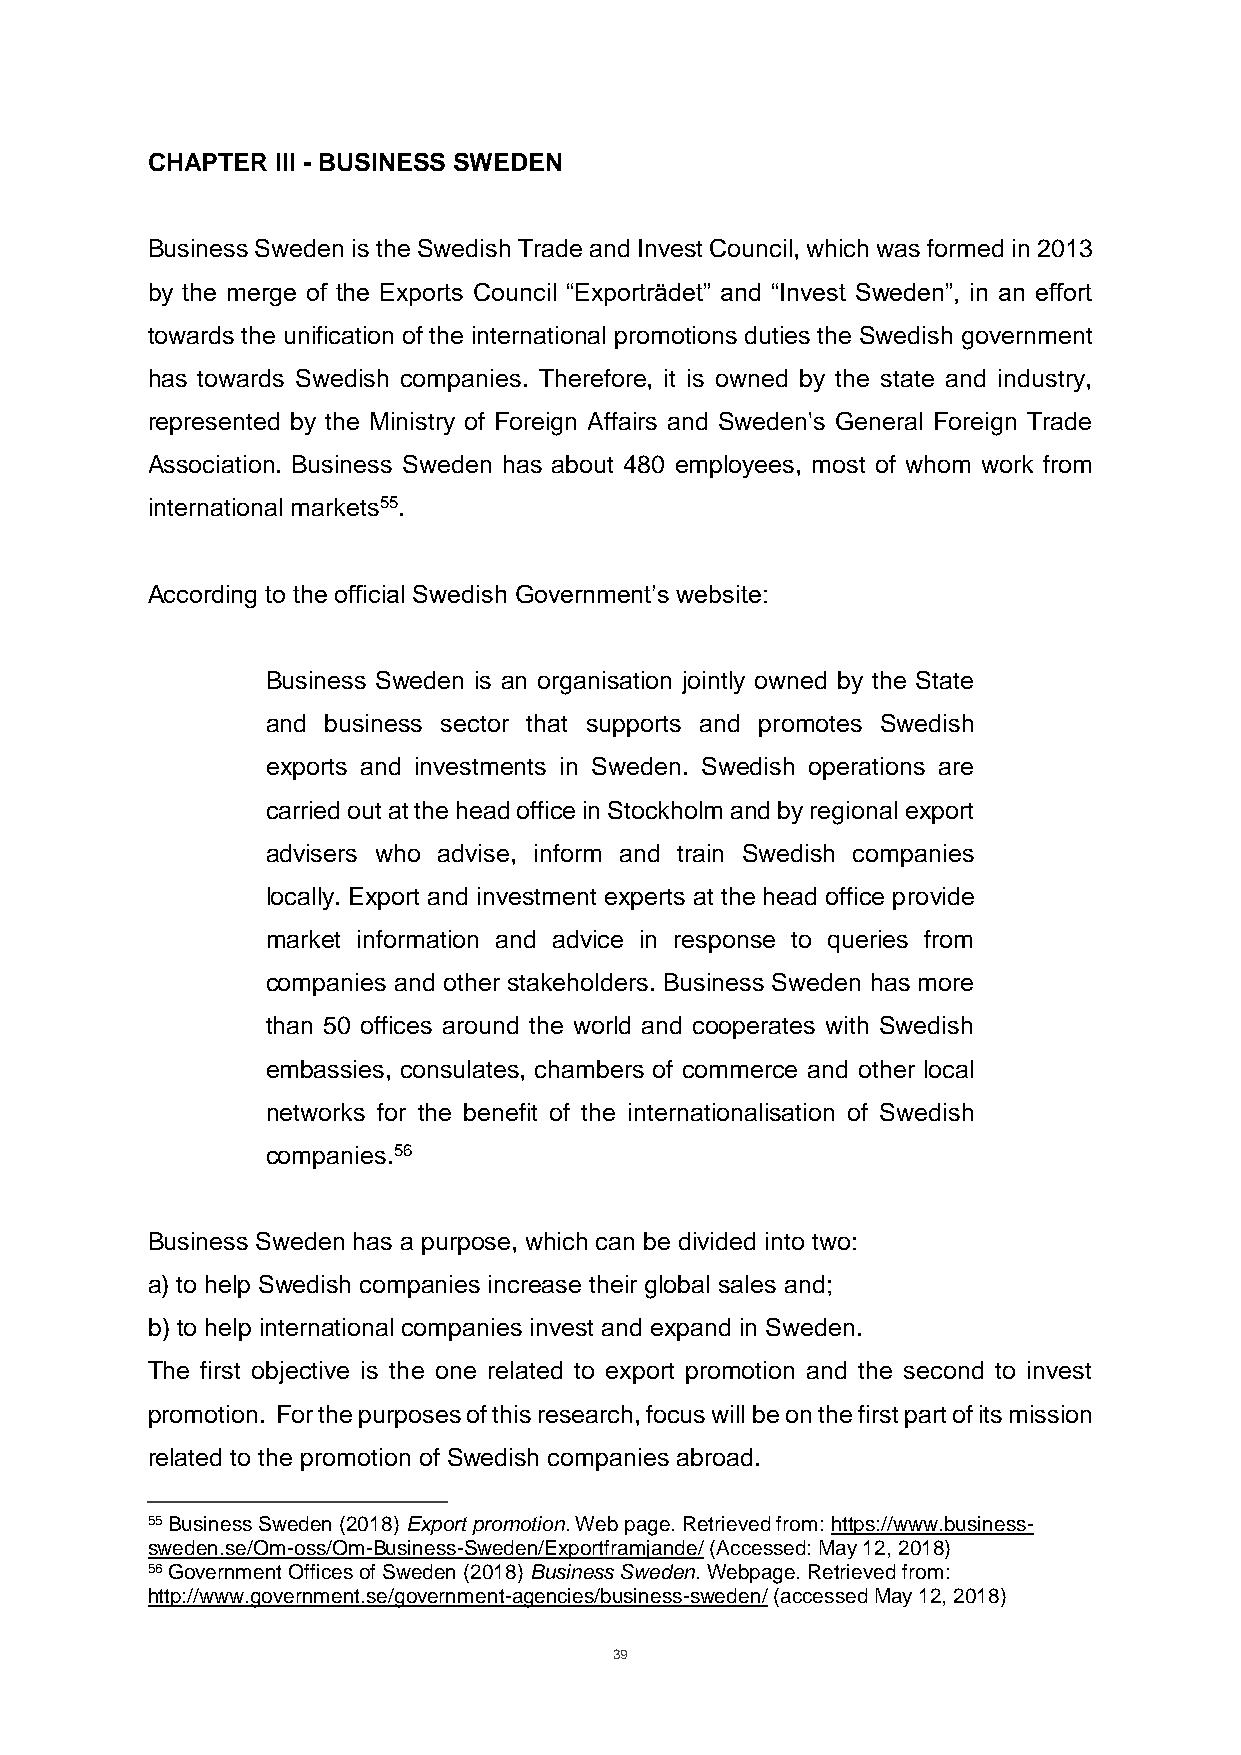
CHAPTER III - BUSINESS SWEDEN
 Business Sweden is the Swedish Trade and Invest Council, which was formed in 2013
 by the merge of the Exports Council “Exporträdet” and “Invest Sweden”, in an effort
 towards the unification of the international promotions duties the Swedish government
 has towards Swedish companies. Therefore, it is owned by the state and industry,
 represented by the Ministry of Foreign Affairs and Sweden's General Foreign Trade
 Association. Business Sweden has about 480 employees, most of whom work from
 international markets55.
 According to the official Swedish Government’s website:
 Business Sweden is an organisation jointly owned by the State
 and business sector that supports and promotes Swedish
 exports and investments in Sweden. Swedish operations are
 carried out at the head office in Stockholm and by regional export
 advisers who advise, inform and train Swedish companies
 locally. Export and investment experts at the head office provide
 market information and advice in response to queries from
 companies and other stakeholders. Business Sweden has more
 than 50 offices around the world and cooperates with Swedish
 embassies, consulates, chambers of commerce and other local
 networks for the benefit of the internationalisation of Swedish
 companies.56
 Business Sweden has a purpose, which can be divided into two:
 a) to help Swedish companies increase their global sales and;
 b) to help international companies invest and expand in Sweden.
 The first objective is the one related to export promotion and the second to invest
 promotion. For the purposes of this research, focus will be on the first part of its mission
 related to the promotion of Swedish companies abroad.
 55 Business Sweden (2018) Export promotion. Web page. Retrieved from: https://www.business-
 sweden.se/Om-oss/Om-Business-Sweden/Exportframjande/ (Accessed: May 12, 2018)
 56 Government Offices of Sweden (2018) Business Sweden. Webpage. Retrieved from:
 http://www.government.se/government-agencies/business-sweden/ (accessed May 12, 2018)
 39